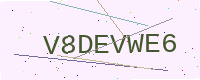
Text: V8DEVWE6